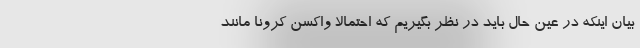
بیان اینکه در عین حال باید در نظر بگیریم که احتمالا واکسن کرونا مانند